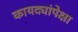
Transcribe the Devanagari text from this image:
कायद्यांपेक्षा